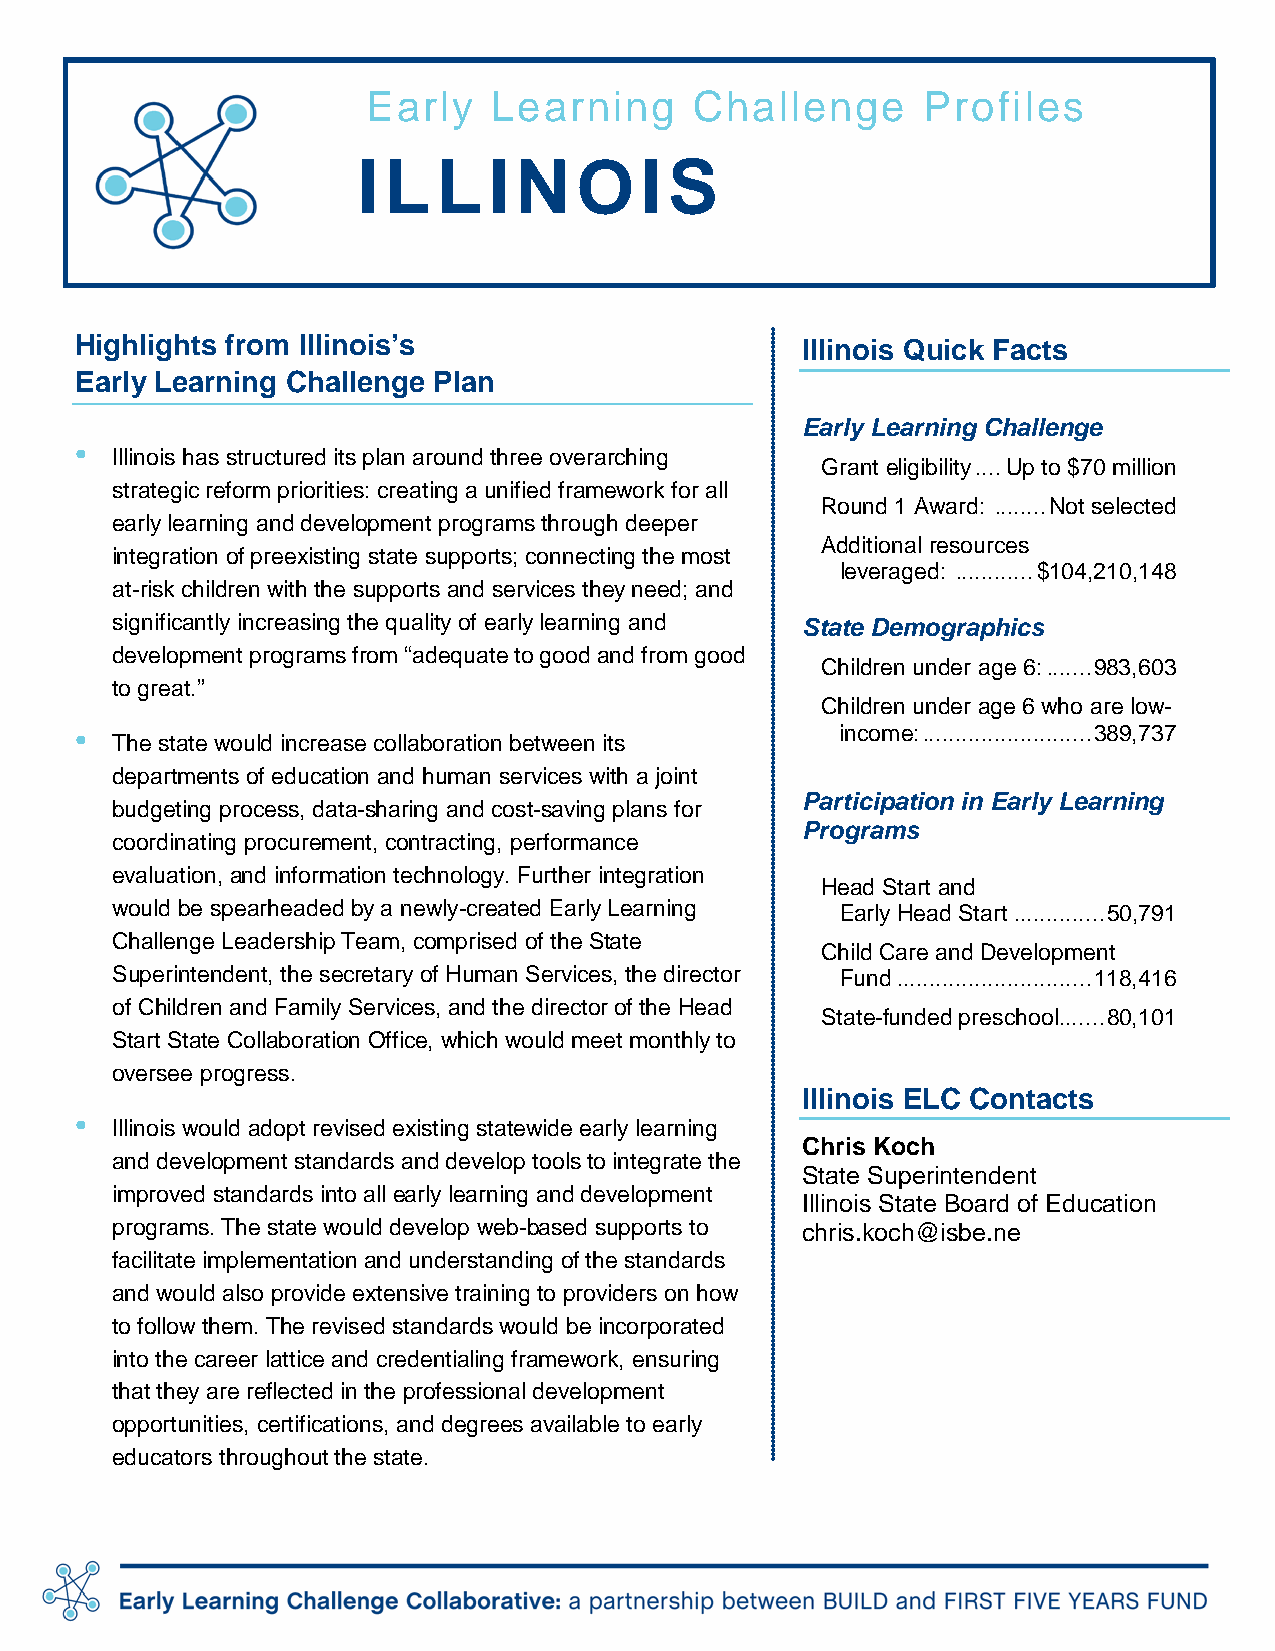
Early    Learning     Challenge      Profiles
 ILLIN         OIS
 Highlights from Illinois’s                      Illinois Quick Facts
 Early Learning Challenge Plan
 Early Learning Challenge
 •
 Illinois has structured its plan around three overarching
 Grant eligibility .... Up to $70 million
 strategic reform priorities: creating a unified framework for all
 Round 1 Award: ........ Not selected
 early learning and development programs through deeper
 Additional resources
 integration of preexisting state supports; connecting the most
 leveraged: ............ $104,210,148
 at-risk children with the supports and services they need; and
 significantly increasing the quality of early learning and State Demographics
 development programs from “adequate to good and from good
 Children under age 6: ....... 983,603
 to great.”
 Children under age 6 who are low-
 •                                                  income: .......................... 389,737
 The state would increase collaboration between its
 departments of education and human services with a joint
 Participation in Early Learning
 budgeting process, data-sharing and cost-saving plans for
 Programs
 coordinating procurement, contracting, performance
 evaluation, and information technology. Further integration
 Head Start and
 would be spearheaded by a newly-created Early Learning Early Head Start .............. 50,791
 Challenge Leadership Team, comprised of the State
 Child Care and Development
 Superintendent, the secretary of Human Services, the director Fund .............................. 118,416
 of Children and Family Services, and the director of the Head
 State-funded preschool ....... 80,101
 Start State Collaboration Office, which would meet monthly to
 oversee progress.
 Illinois ELC Contacts
 •
 Illinois would adopt revised existing statewide early learning
 Chris Koch
 and development standards and develop tools to integrate the
 State Superintendent
 improved standards into all early learning and development
 Illinois State Board of Education
 programs. The state would develop web-based supports to chris.koch@isbe.ne
 facilitate implementation and understanding of the standards
 and would also provide extensive training to providers on how
 to follow them. The revised standards would be incorporated
 into the career lattice and credentialing framework, ensuring
 that they are reflected in the professional development
 opportunities, certifications, and degrees available to early
 educators throughout the state.